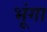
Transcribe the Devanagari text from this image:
भूंगा